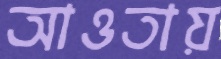
আওতায়